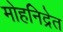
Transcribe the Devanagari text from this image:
मोहनिद्रेत